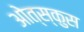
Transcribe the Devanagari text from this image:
ओत्स्कुस